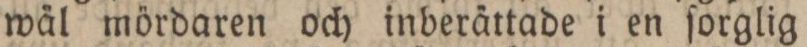
wäl mördaren och inberättade i en ſorglig